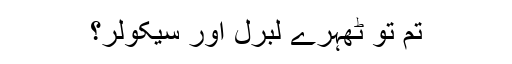
تم تو ٹھہرے لبرل اور سیکولر؟